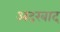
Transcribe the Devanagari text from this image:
अदरबाद